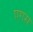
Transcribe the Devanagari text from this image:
एगस